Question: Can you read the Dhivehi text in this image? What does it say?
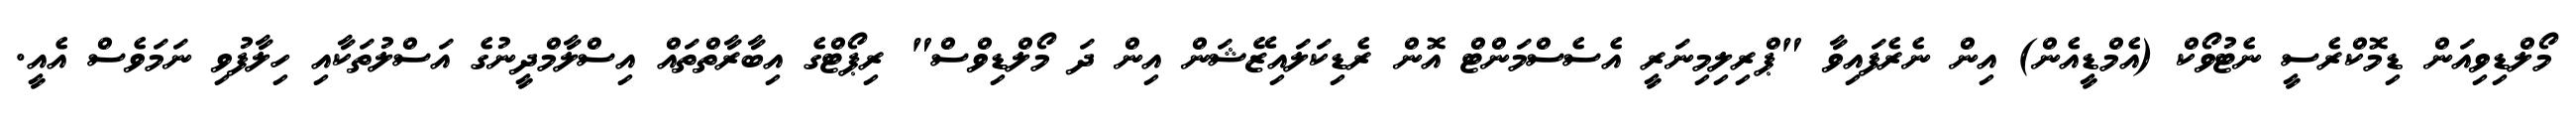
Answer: މޯލްޑިވިއަން ޑިމޮކްރެސީ ނެޓުވޯކް (އެމްޑީއެން) އިން ނެރެފައިވާ "ޕްރިލިމިނަރީ އެސެސްމަންޓް އޮން ރެޑިކަލައިޒޭޝަން އިން ދަ މޯލްޑިވްސް" ރިޕޯޓްގެ އިބާރާތްތައް އިސްލާމްދީނުގެ އަސްލުތަކާއި ހިލާފުވި ނަމަވެސް އެއީ.